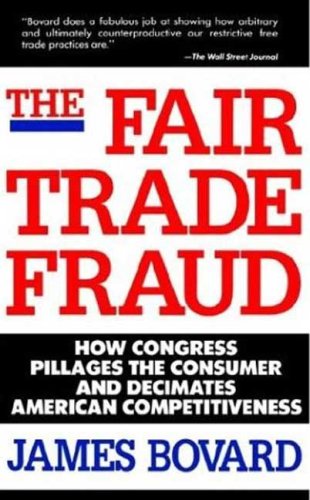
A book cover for The Fair Trade Fraud: How Congress Pillages the Consumer and Decimates American Competitiveness; James Bovard; Business & Money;